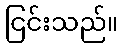
ငြင်းသည်။